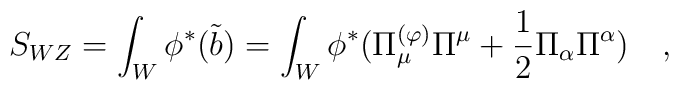
S_{WZ} =\int_W \phi^{*}(\tilde{b}) =   \int_W \phi^{*}(\Pi_\mu^{(\varphi)}  \Pi^\mu + {1 \over 2} \Pi_\alpha  \Pi^\alpha) \quad,